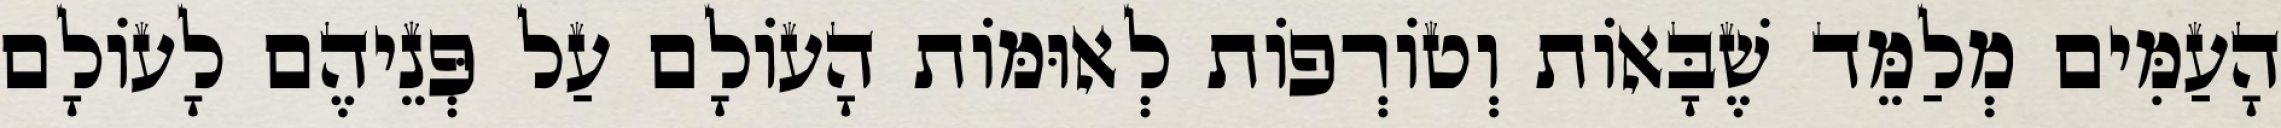
הָעַמִּים מְלַמֵּד שֶׁבָּאוֹת וְטוֹרְפוֹת לְאוּמּוֹת הָעוֹלָם עַל פְּנֵיהֶם לָעוֹלָם